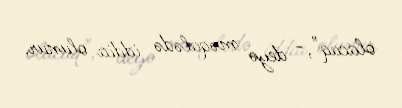
olacaq",- deyə məqalədə iddia olunur.